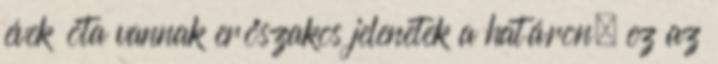
évek óta vannak erőszakos jelenetek a határon, ez az